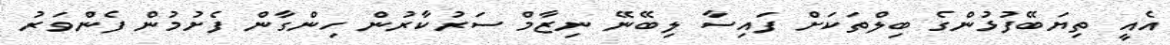
އެއީ ތިޔަބޭފުޅުންގެ ބިލްތަކަށް ފައިސާ ލިބޭނޭ ނިޒާމް ސަރުކާރުން ހިންގާން ފެށުމުން ފެންވަރު